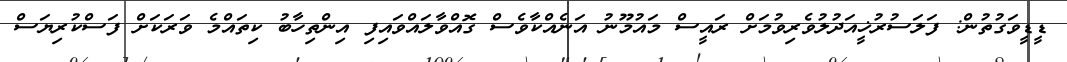
ޑީޑީވަގުތުން: ފަލަސުރުޚީއަދުލުވެރިވުމަށް ރައީސް މައުމޫނު އަނެއްކާވެސް ގޮއްވާލައްވައިފި އިންތިހާބު ކިތައްމެ ވަރަކަށް ފަސްކުރިޔަސް